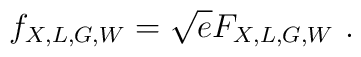
f_{X,L,G,W}=\sqrt{e}F_{X,L,G,W} ~.